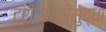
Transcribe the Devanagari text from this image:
ट्रीपसाठीसुद्धा